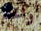
واحد